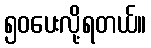
၅၀ပေးလို့ရတယ်။